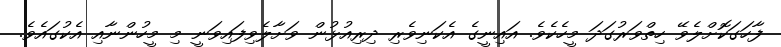
ފާހަގަކޮށްލެވޭ ހިތްވަރުގަދަ މީހެކެވެ. އައިނީގެ އެކަނިވެރި ދިރިއުޅުން ވަށާލެވިފައިވަނީ މި މީހުންނާއި އެކުގައެވެ.